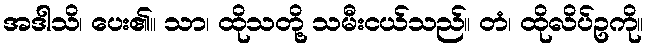
အဒါသိ၊ ပေး၏။ သာ၊ ထိုသတို့ သမီးငယ်သည်။ တံ၊ ထိုလိပ်ဥကို။